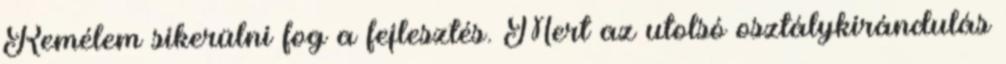
Remélem sikerülni fog a fejlesztés. Mert az utolsó osztálykirándulás